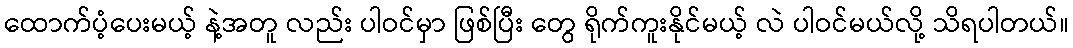
ထောက်ပံ့ပေးမယ့် နဲ့အတူ လည်း ပါဝင်မှာ ဖြစ်ပြီး တွေ ရိုက်ကူးနိုင်မယ့် လဲ ပါဝင်မယ်လို့ သိရပါတယ်။